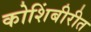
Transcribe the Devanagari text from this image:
कोशिंबीरीत